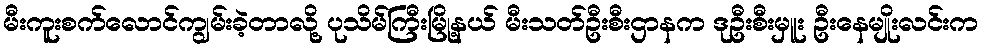
မီးကူးစက်လောင်ကျွမ်းခဲ့တာလို့ ပုသိမ်ကြီးမြို့နယ် မီးသတ်ဦးစီးဌာနက ဒုဦးစီးမှူး ဦးနေမျိုးလင်းက